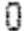
0